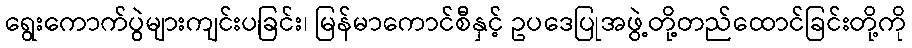
ရွေးကောက်ပွဲများကျင်းပခြင်း၊ မြန်မာကောင်စီနှင့် ဥပဒေပြုအဖွဲ့တို့တည်ထောင်ခြင်းတို့ကို